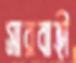
সারবাহী